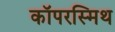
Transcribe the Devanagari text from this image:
कॉपरस्मिथ